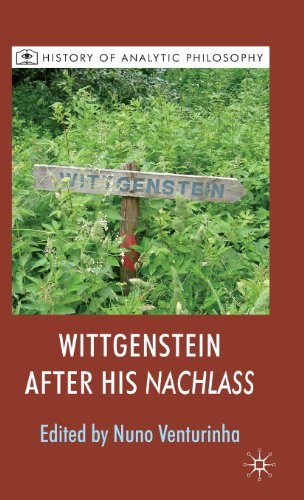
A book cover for Wittgenstein after his Nachlass (History of Analytic Philosophy); Politics & Social Sciences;